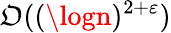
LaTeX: \mathfrak{O}((\logn)^{2+\varepsilon})